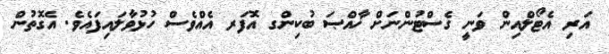
އަރި އެޓޯލްއިން ވަނީ ގެސްޓުންނަށް ޚާއްޞަ ބުކިންގ އޮފަރ އެއްވެސް ހުޅުވާލައިފައެވެ. އެގޮތުން